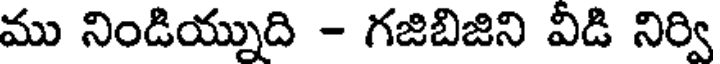
ము నిండియ్నుది - గజిబిజిని వీడి నిర్వి